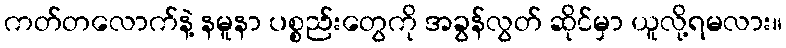
ကတ်တလောက်နဲ့ နမူနာ ပစ္စည်းတွေကို အခွန်လွတ် ဆိုင်မှာ ယူလို့ရမလား။